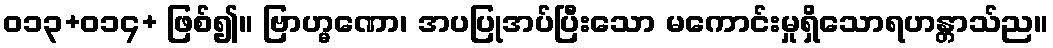
ဝ၁၃+၀၁၄+ ဖြစ်၍။ ဗြာဟ္မဏော၊ အပပြုအပ်ပြီးသော မကောင်းမှုရှိသောရဟန္တာသ်ည။